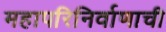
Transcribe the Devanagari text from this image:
महापरिनिर्वाणाची